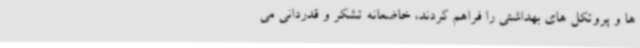
ها و پروتکل های بهداشتی را فراهم کردند، خاضعانه تشکر و قدردانی می